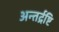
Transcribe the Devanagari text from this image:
अन्तर्द्रष्टि